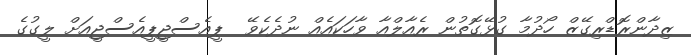
ޒިދާންރޮޑްރިގޭޒް ހޯދުމާ ގުޅޭގޮތުން ރެއާލްއާ ވާހަކައެއް ނުދެކެވޭ  ޕީއެސްޖީޕީއެސްޖީއަށް ލީގުގެ